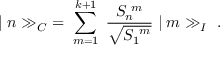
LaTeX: \vert \; n \gg _ { C } \; = \; \sum _ { m = 1 } ^ { k + 1 } \; \frac { S _ { n } ^ { \ m } } { \sqrt { S _ { 1 } ^ { \ m } } } \; \vert \; m \gg _ { I } \ .